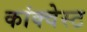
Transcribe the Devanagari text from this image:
कांक्वेस्ट